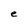
Character: e